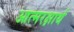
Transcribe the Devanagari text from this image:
आत्मरक्षार्थ